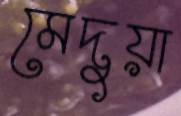
মেদুয়া